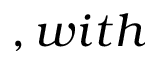
, w i t h